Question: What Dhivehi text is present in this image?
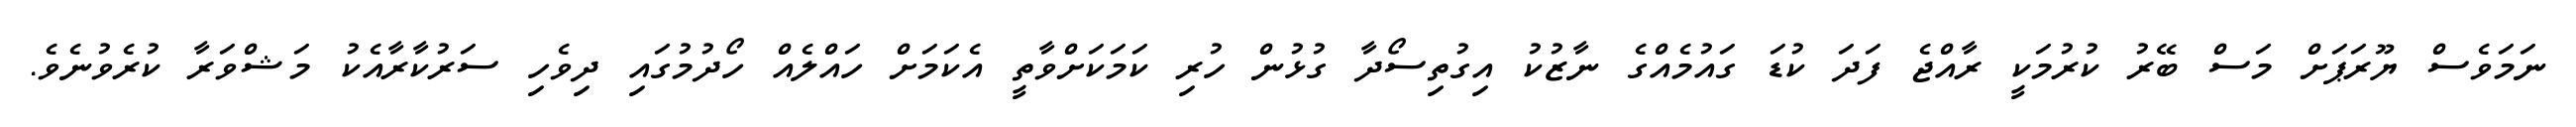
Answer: ނަމަވެސް ޔޫރަޕަށް މަސް ބޭރު ކުރުމަކީ ރާއްޖެ ފަދަ ކުޑަ ގައުމެއްގެ ނާޒުކު އިގުތިސޯދާ ގުޅުން ހުރި ކަމަކަށްވާތީ އެކަމަށް ހައްލެއް ހޯދުމުގައި ދިވެހި ސަރުކާރާއެކު މަޝްވަރާ ކުރެވުނެވެ.